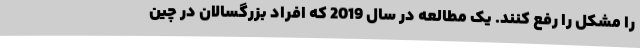
را مشکل را رفع کنند. یک مطالعه در سال 2019 که افراد بزرگسالان در چین